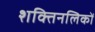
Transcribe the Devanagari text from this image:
शक्तिनलिकों